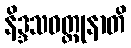
နိဒ္ဒသဝတ္ထုနာတိ